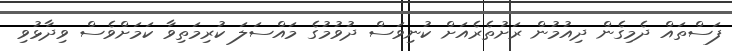
ފަސްތައް ދެމިގެން ދިއުމުން ރަށުތެރެއަށް ކުނިވަސް ދުވުމުގެ މައްސަލަ ކުރިމަތިވާ ކަމަށްވެސް ވިދާޅުވި